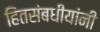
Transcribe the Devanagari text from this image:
हितसंबधीयांनी